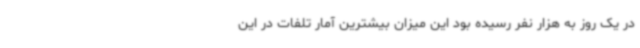
در یک روز به هزار نفر رسیده بود این میزان بیشترین آمار تلفات در این